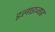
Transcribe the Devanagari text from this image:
इलाइजाह